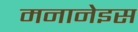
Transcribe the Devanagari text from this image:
मनानेइस